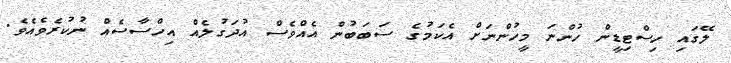
ލޭގައި ހިސްޓިޑީން ހުންނަ މީހުންނަށް އެކަމުގެ ސަބަބުން އެއްވެސް އުދަގުލެއް އިހްސާސެއް ނުކުރެވެއެވެ.